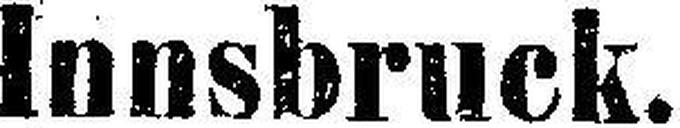
Innsbruck.